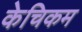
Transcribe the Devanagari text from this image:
केचिकम